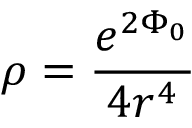
\rho = \frac { e ^ { 2 \Phi _ { 0 } } } { 4 r ^ { 4 } }